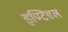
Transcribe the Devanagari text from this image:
इण्टिग्रल